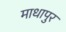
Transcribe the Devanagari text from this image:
माधापुर